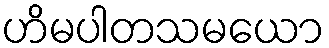
ဟိမပါတသမယော